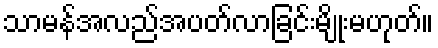
သာမန်အလည်အပတ်လာခြင်းမျိုးမဟုတ်။